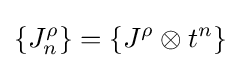
\{J_{n}^{\rho }\}=\{J^{\rho }\otimes t^{n}\}